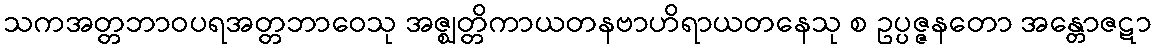
သကအတ္တဘာဝပရအတ္တဘာဝေသု အဇ္ဈတ္တိကာယတနဗာဟိရာယတနေသု စ ဥပ္ပဇ္ဇနတော အန္တောဇဋာ